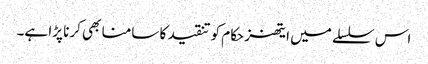
اس سلسلے میں ایتھنز حکام کو تنقید کا سامنا بھی کرنا پڑا ہے۔